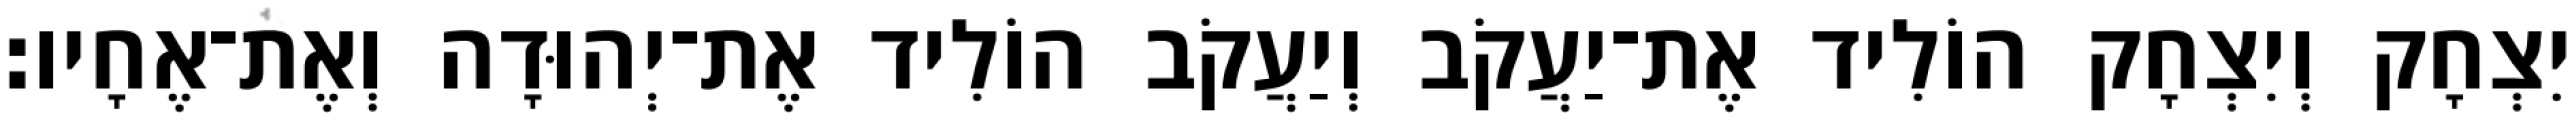
יִצְחָק וְיִצְחָק הוֹלִיד אֶת־יַעֲקֹב וְיַעֲקֹב הוֹלִיד אֶת־יְהוּדָה וְאֶת־אֶחָיו׃